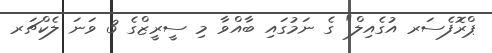
ޕްރޮފެސަރ އުގެއިލް" ގެ ނަމުގައި ބާއްވާ މި ސީރީޒްގެ 3 ވަނަ ލެކްޗަރ